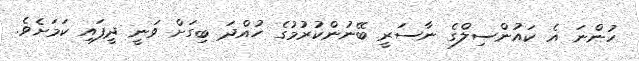
ހުންނަ އެ ކައުންސިލްގެ ނާސަރީ ބޭނުންކުރުމުގެ ހުއްދަ ބިގަށް ވަނީ ދީފައި ކަމަށެވެ.